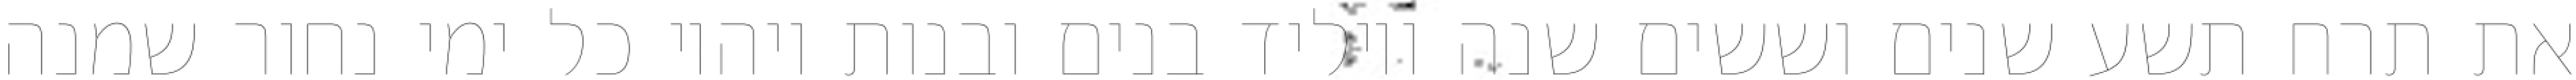
את תרח תשע שנים וששים שנה ויוליד בנים ובנות ויהיו כל ימי נחור שמנה